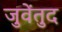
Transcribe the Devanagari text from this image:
जुवेंतुद